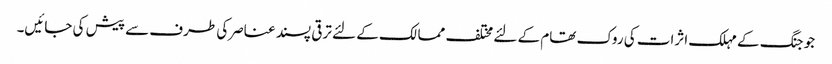
جو جنگ کے مہلک اثرات کی روک تھام کے لئے مختلف ممالک کے لئے ترقی پسند عناصرکی طرف سے پیش کی جائیں۔